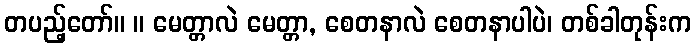
တပည့်တော်။ ။ မေတ္တာလဲ မေတ္တာ, စေတနာလဲ စေတနာပါပဲ၊ တစ်ခါတုန်းက